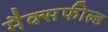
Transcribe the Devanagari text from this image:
मैक्सफील्ड